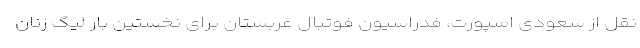
نقل از سعودی اسپورت، فدراسیون فوتبال عربستان برای نخستین بار لیگ زنان